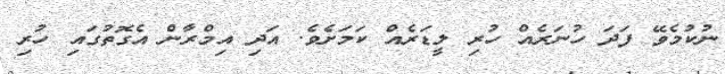
ނުކުމެވޭ ފަދަ ހުނަރެއް ހުރި ލީޑަރެއް ކަމަށެވެ. އަދި އިމްރާން އެގޮތުގައި ހުރި